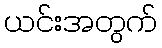
ယင်းအတွက်